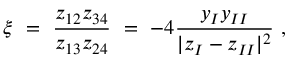
\xi \ = \ \frac { z _ { 1 2 } z _ { 3 4 } } { z _ { 1 3 } z _ { 2 4 } } \ = \ - 4 \frac { y _ { I } y _ { I I } } { | z _ { I } - z _ { I I } | ^ { 2 } } \ ,